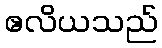
ဧလိယသည်